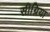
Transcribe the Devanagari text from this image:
सीग्रिया